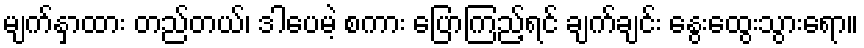
မျက်နှာထား တည်တယ်၊ ဒါပေမဲ့ စကား ပြောကြည့်ရင် ချက်ချင်း နွေးထွေးသွားရော။